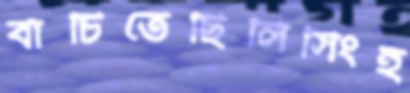
বাঁচিতেছিলিসিংহ